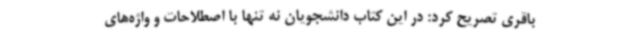
باقری تصریح کرد: در این کتاب دانشجویان نه تنها با اصطلاحات و واژه‌های